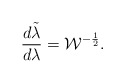
\begin{align*}{{d\tilde{\lambda}}\over{d\lambda}}={\cal W}^{-{1\over 2}}.\end{align*}